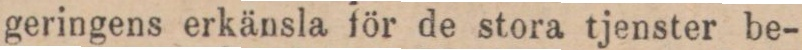
geringens erkänsla för de stora tjenster be-